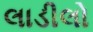
લાડીલો